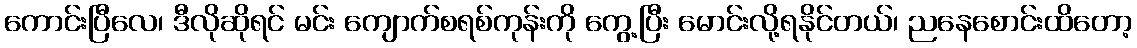
ကောင်းပြီလေ၊ ဒီလိုဆိုရင် မင်း ကျောက်စရစ်ကုန်းကို ကွေ့ပြီး မောင်းလို့ရနိုင်တယ်၊ ညနေစောင်းထိတော့